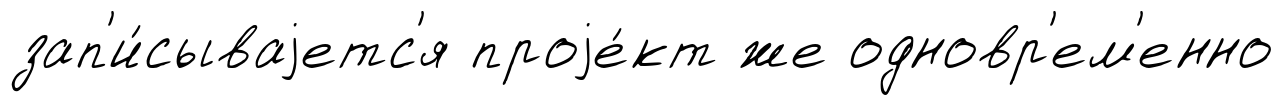
зап'и́сываjетс'я проjе́кт же одновр'ем'енно